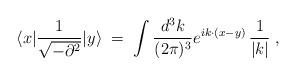
LaTeX: \begin{align*}\langle x|\frac{1}{\sqrt{-\partial^2}}|y\rangle\;=\; \int \frac{d^3k}{(2\pi)^3} e^{i k \cdot (x-y)} \, \frac{1}{|k|} \;,\end{align*}